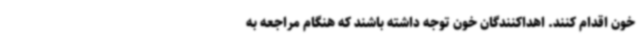
خون اقدام کنند. اهداکنندگان خون توجه داشته باشند که هنگام مراجعه به